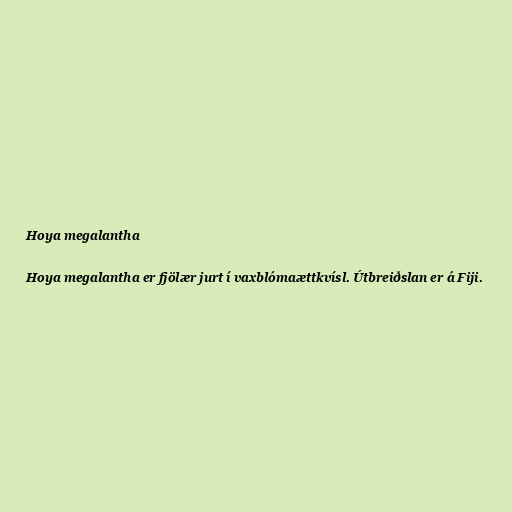
Hoya megalantha

Hoya megalantha er fjölær jurt í vaxblómaættkvísl. Útbreiðslan er á Fiji.